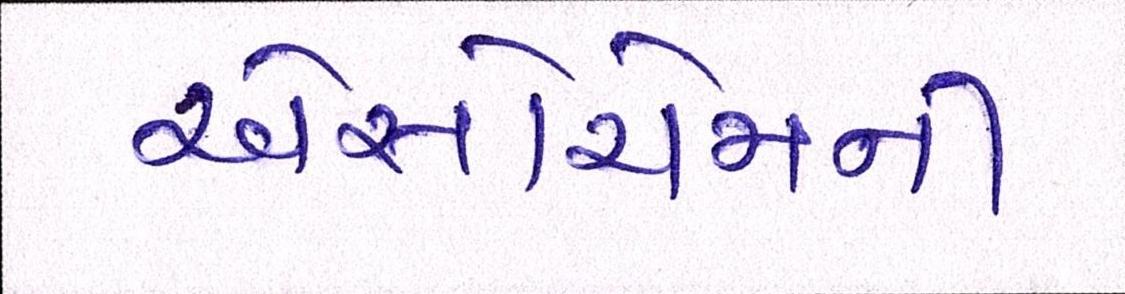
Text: એસોચેમની